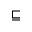
\sqsubseteq